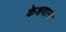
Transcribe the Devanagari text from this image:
केशवानी